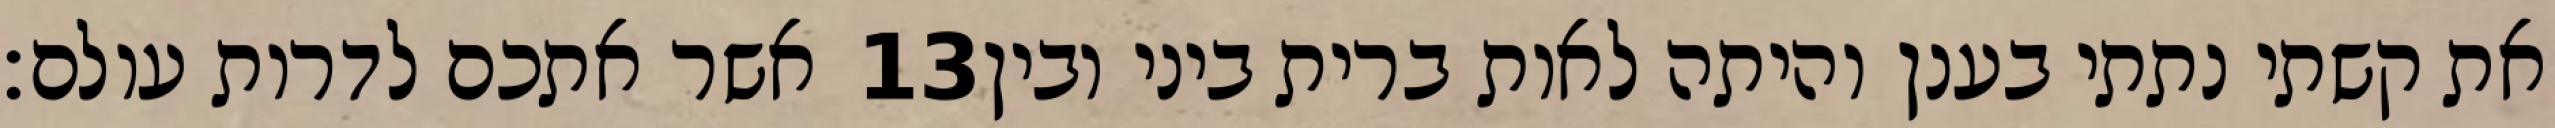
אשר אתכם לדרות עולם׃ ‎13‏ את קשתי נתתי בענן והיתה לאות ברית ביני ובין